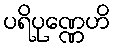
ပရိပုဏ္ဏေဟိ